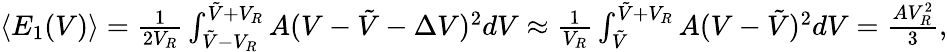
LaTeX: \begin{array}{r}{\langle E_{1}(V)\rangle=\frac 1{2V_{R}}\int_{\tilde{V}-V_{R}}^{\tilde{V}+V_{R}}A(V-\tilde{V}-\Delta V)^{2}dV\approx\frac 1{V_{R}}\int_{\tilde{V}}^{\tilde{V}+V_{R}}A(V-\tilde{V})^{2}dV=\frac{AV_{R}^{2}}3,}\end{array}